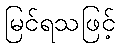
မြင်ရသဖြင့်